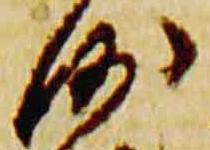
沙